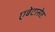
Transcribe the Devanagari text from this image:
एबेटासेप्ट